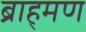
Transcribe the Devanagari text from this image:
ब्राह्‌मण